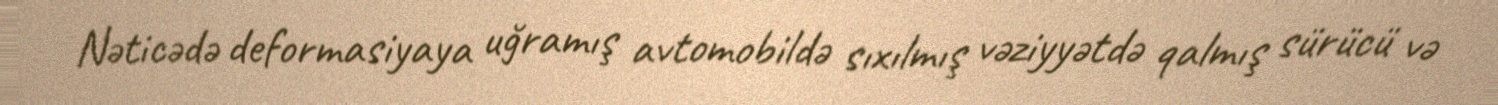
Nəticədə deformasiyaya uğramış avtomobildə sıxılmış vəziyyətdə qalmış sürücü və